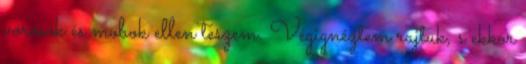
vörösök és mobok ellen teszem. Végignéztem rajtuk, s ekkor